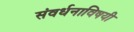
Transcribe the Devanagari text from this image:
संवर्धनाविषयी